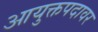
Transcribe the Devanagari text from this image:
आयुक्तपदावर